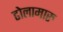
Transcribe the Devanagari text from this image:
ढोलामारु